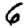
Digit: 6